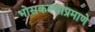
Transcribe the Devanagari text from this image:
भोसकल्याप्रमाणे